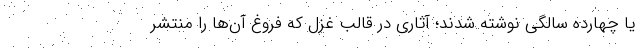
یا چهارده سالگی نوشته شدند؛ آثاری در قالب غزل که فروغ آن‌ها را منتشر